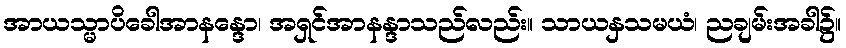
အာယသ္မာပိခေါအာနန္ဒော၊ အရှင်အာနန္ဒာသည်လည်း။ သာယနှသမယံ၊ ညချမ်းအခါ၌။